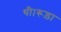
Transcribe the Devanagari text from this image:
थी।रूड़ा